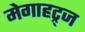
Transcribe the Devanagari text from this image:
मेगाहट्र्ज